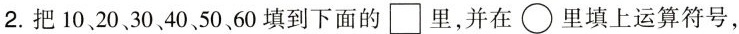
2.把10、20、30、40、50、60填到下面的\Box里，并在\bigcirc里填上运算符号，